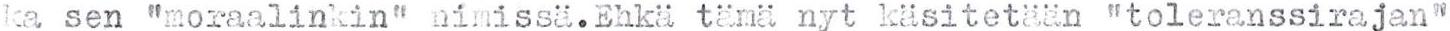
ka sen "moraalinkin" nimissä.Ehkä tämä nyt käsitetään "toleranssirajan"